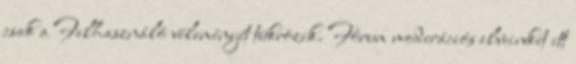
csak a Felhasználó véleményét tükrözik. Fórum moderációs elveinket itt